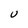
Character: U